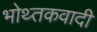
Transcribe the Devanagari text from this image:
भोथ्तकवादी